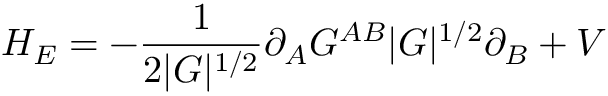
H _ { E } = - \frac { 1 } { 2 | G | ^ { 1 / 2 } } \partial _ { A } G ^ { A B } | G | ^ { 1 / 2 } \partial _ { B } + V